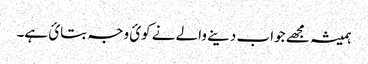
ہمیشہ مجھے جواب دینے والے نے کوئ وجہ بتائ ہے۔